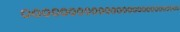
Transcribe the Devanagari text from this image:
०००००००००००००००००००००००००००